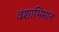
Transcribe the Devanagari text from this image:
वंशाभिमान